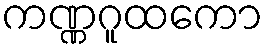
ကဏ္ဏဂူထကော